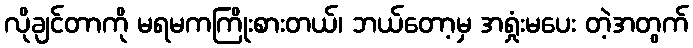
လိုချင်တာကို မရမကကြိုးစားတယ်၊ ဘယ်တော့မှ အရှုံးမပေး တဲ့အတွက်